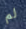
لم